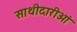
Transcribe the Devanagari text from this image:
साथीदारीओं